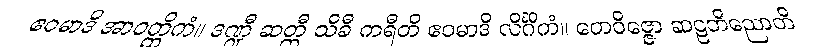
ဧဝမာဒိ အာဝတ္ထိကံ။ ဒဏ္ဍီ ဆတ္တီ သိခီ ကရီတိ ဧဝမာဒိ လိင်္ဂိကံ။ တေဝိဇ္ဇော ဆဠဘိညောတိ